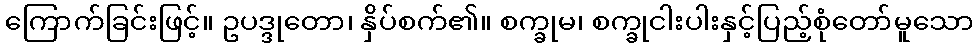
ကြောက်ခြင်းဖြင့်။ ဥပဒ္ဒုတော၊ နှိပ်စက်၏။ စက္ခုမ၊ စက္ခုငါးပါးနှင့်ပြည့်စုံတော်မူသော